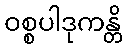
ဝစ္စပါဒုကန္တိ